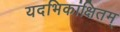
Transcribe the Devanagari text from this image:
यदभिकांक्षितम्